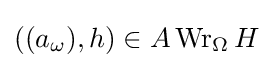
((a_{\omega }),h)\in A\operatorname {Wr} _{\Omega }H